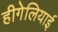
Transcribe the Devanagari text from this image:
हीगेलियाई